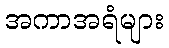
အကာအရံများ